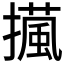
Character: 𢶻